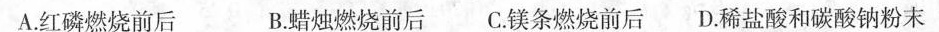
A.红磷燃烧前后 B.蜡烛燃烧前后 C.镁条燃烧前后 D.稀盐酸和碳酸钠粉末